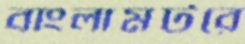
বাংলামটরে